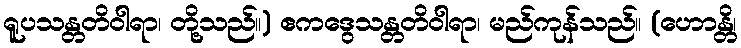
ရူပသန္တတိဝါရာ၊ တို့သည်။) ဧကဒွေသန္တတိဝါရာ၊ မည်ကုန်သည်။ (ဟောန္တိ၊